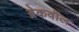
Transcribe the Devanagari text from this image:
ब्रेकवॉल